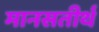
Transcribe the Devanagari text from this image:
मानसतीर्थ